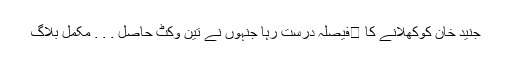
جنید خان کوکھلانے کا فیصلہ درست رہا جنہوں نے تین وکٹ حاصل . . . مکمل بلاگ